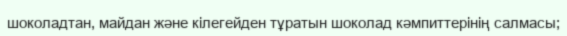
шоколадтан, майдан және кілегейден тұратын шоколад кәмпиттерінің салмасы;